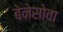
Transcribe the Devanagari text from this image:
बेनेसोवा